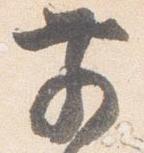
前